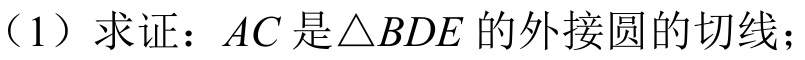
（1）求证：\(AC\)是\(\triangle BDE\)的外接圆的切线；